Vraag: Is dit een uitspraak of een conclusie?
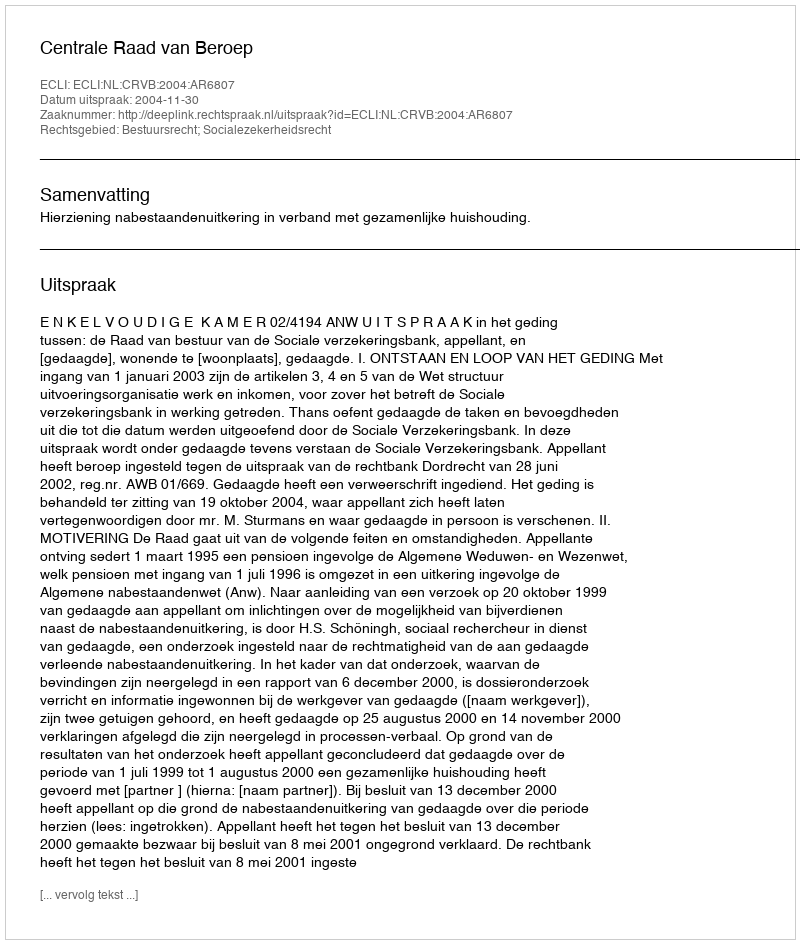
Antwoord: Uitspraak